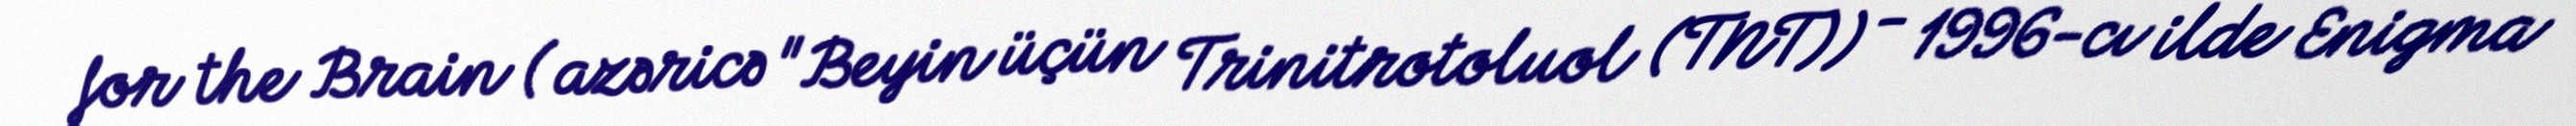
for the Brain ( azəricə "Beyin üçün Trinitrotoluol (TNT)) - 1996-cı ilde Enigma